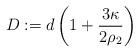
LaTeX: \begin{align*}D:=d\left( 1+\frac{3\kappa }{2\rho _{2}}\right) \end{align*}